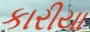
કારીયા